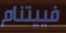
فييتنام